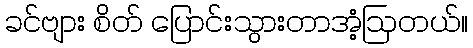
ခင်ဗျား စိတ် ပြောင်းသွားတာအံ့ဩတယ်။